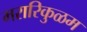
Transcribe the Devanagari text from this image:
मरारिकुळम